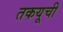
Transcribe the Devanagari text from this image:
तकयूची